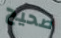
صحيح